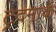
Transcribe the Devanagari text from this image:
ट्रेदमार्क